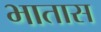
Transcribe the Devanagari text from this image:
भातास